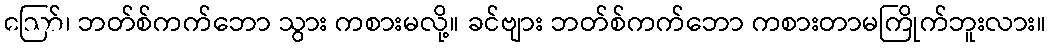
ဪ၊ ဘတ်စ်ကက်ဘော သွား ကစားမလို့။ ခင်ဗျား ဘတ်စ်ကက်ဘော ကစားတာမကြိုက်ဘူးလား။